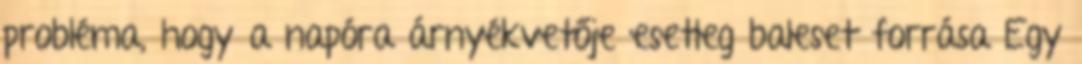
probléma, hogy a napóra árnyékvetője esetleg baleset forrása Egy